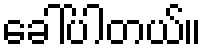
ခေါ်ပါတယ်။